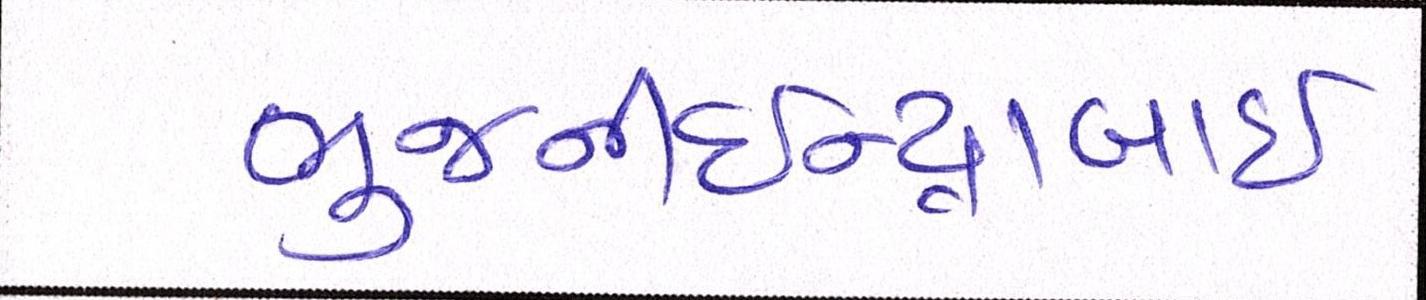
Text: ભુજનીઇન્દ્રાબાઇ